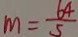
m = \frac { 6 4 } { 5 }